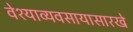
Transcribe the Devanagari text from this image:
वेश्याव्यवसायासारखे